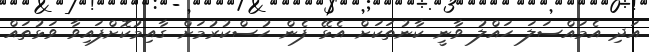
އަދި އެމައްސަލަ ހައްލު ވާނީ ކާނުތަކަށް އެޅޭ ފެން ހުސްކުރުމަށް ގާއިމުކޮށްފައިވާ ވަޅުތައް